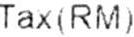
TAX(RM)